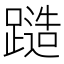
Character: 𨄹